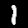
Digit: 1